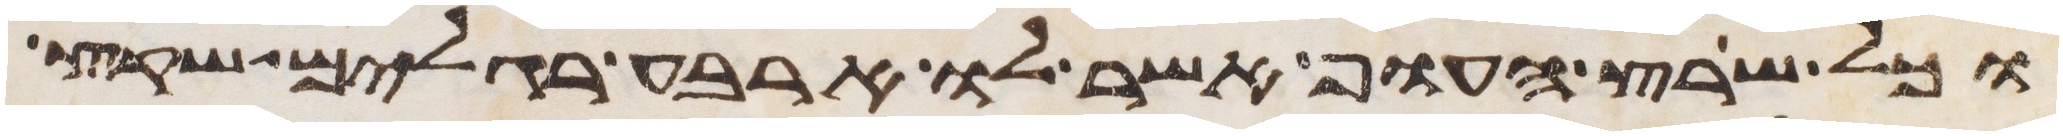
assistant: וכל שרץ העוף אשר לו ארבע רגלים שקץ